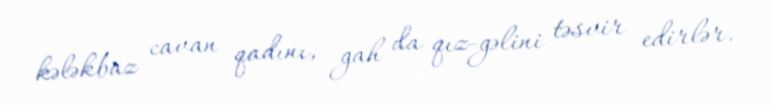
kələkbaz cavan qadını, gah da qız-gəlini təsvir edirlər.